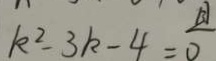
k ^ { 2 } - 3 k - 4 = 0